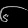
Digit: ၆